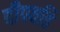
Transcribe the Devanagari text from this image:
दीपवति